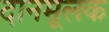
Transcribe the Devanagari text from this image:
दानमूलक